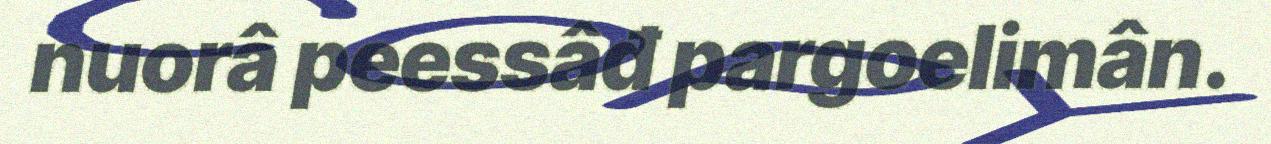
nuorâ peessâđ pargoelimân.